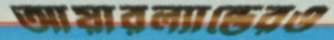
আয়ারল্যান্ডেরও